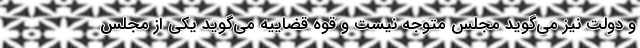
و دولت نیز می‌گوید مجلس متوجه نیست و قوه قضاییه می‌گوید یکی از مجلس